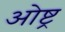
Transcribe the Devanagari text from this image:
ओष्ट्र